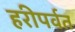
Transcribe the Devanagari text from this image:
हरीपर्वत